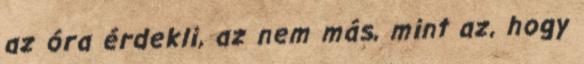
az óra érdekli, az nem más, mint az, hogy